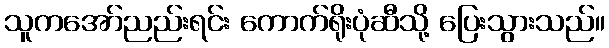
သူကအော်ညည်းရင်း ကောက်ရိုးပုံဆီသို့ ပြေးသွားသည်။